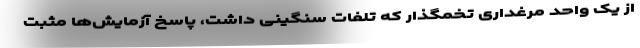
از یک واحد مرغداری تخمگذار که تلفات سنگینی داشت، پاسخ آزمایش‌ها مثبت